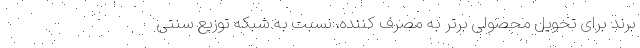
برند برای تحویل محصولی برتر به مصرف کننده، نسبت به شبکه توزیع سنتی